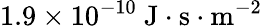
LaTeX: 1.9\times 10^{-10}\mathrm{~J}\cdot\mathrm{s}\cdot\mathrm{m}^{-2}